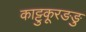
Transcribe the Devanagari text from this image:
काट्टुकूरङङु